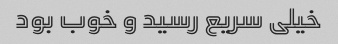
خیلی سریع رسید و خوب بود